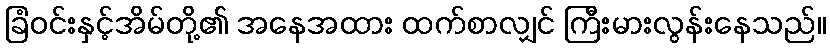
ခြံဝင်းနှင့်အိမ်တို့၏ အနေအထား ထက်စာလျှင် ကြီးမားလွန်းနေသည်။